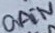
Text: GAIN